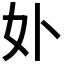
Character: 𭑧